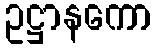
ဥဋ္ဌာနကော